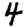
Digit: 4